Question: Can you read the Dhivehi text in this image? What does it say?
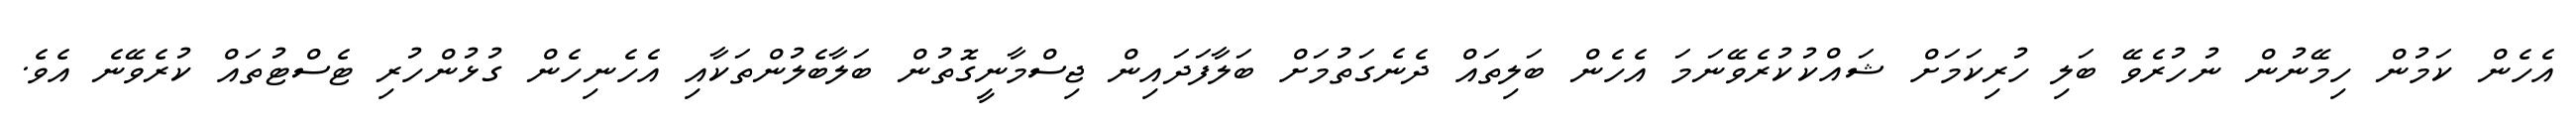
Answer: އެހެން ކަމުން ހިމޭނުން ނުހުރެވޭ ބަލި ހުރިކަމަށް ޝައްކުކުރެވޭނަމަ އެހެން ބަލިތައް ދެނެގަތުމަށް ބަލާފަދައިން ޖިސްމާނީގޮތުން ބަލާބެލުންތަކާއި އެހެނިހެން ގުޅުންހުރި ޓެސްޓުތައް ކުރެވޭނެ އެވެ.